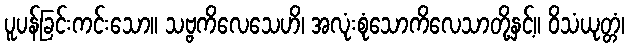
ပူပန်ခြင်းကင်းသော။ သဗ္ဗကိလေသေဟိ၊ အလုံးစုံသောကိလေသာတို့နှင့်။ ဝိသံယုတ္တံ၊